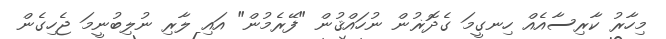
މިހާރު ކާރިސާއެއް ހިނގީމަ ގެދޮޜުން ނުހައްްޤުން "ފޭރެމުން" އައި ލާރި ނުލިބުނީމަ ޖެހިގެން